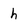
Character: h